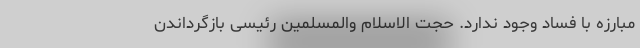
مبارزه با فساد وجود ندارد. حجت الاسلام والمسلمین رئیسی بازگرداندن